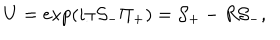
LaTeX: U = \exp ( i \pi { \cal S } _ { - } \Pi _ { + } ) = { \cal S } _ { + } - R { \cal S } _ { - } ,